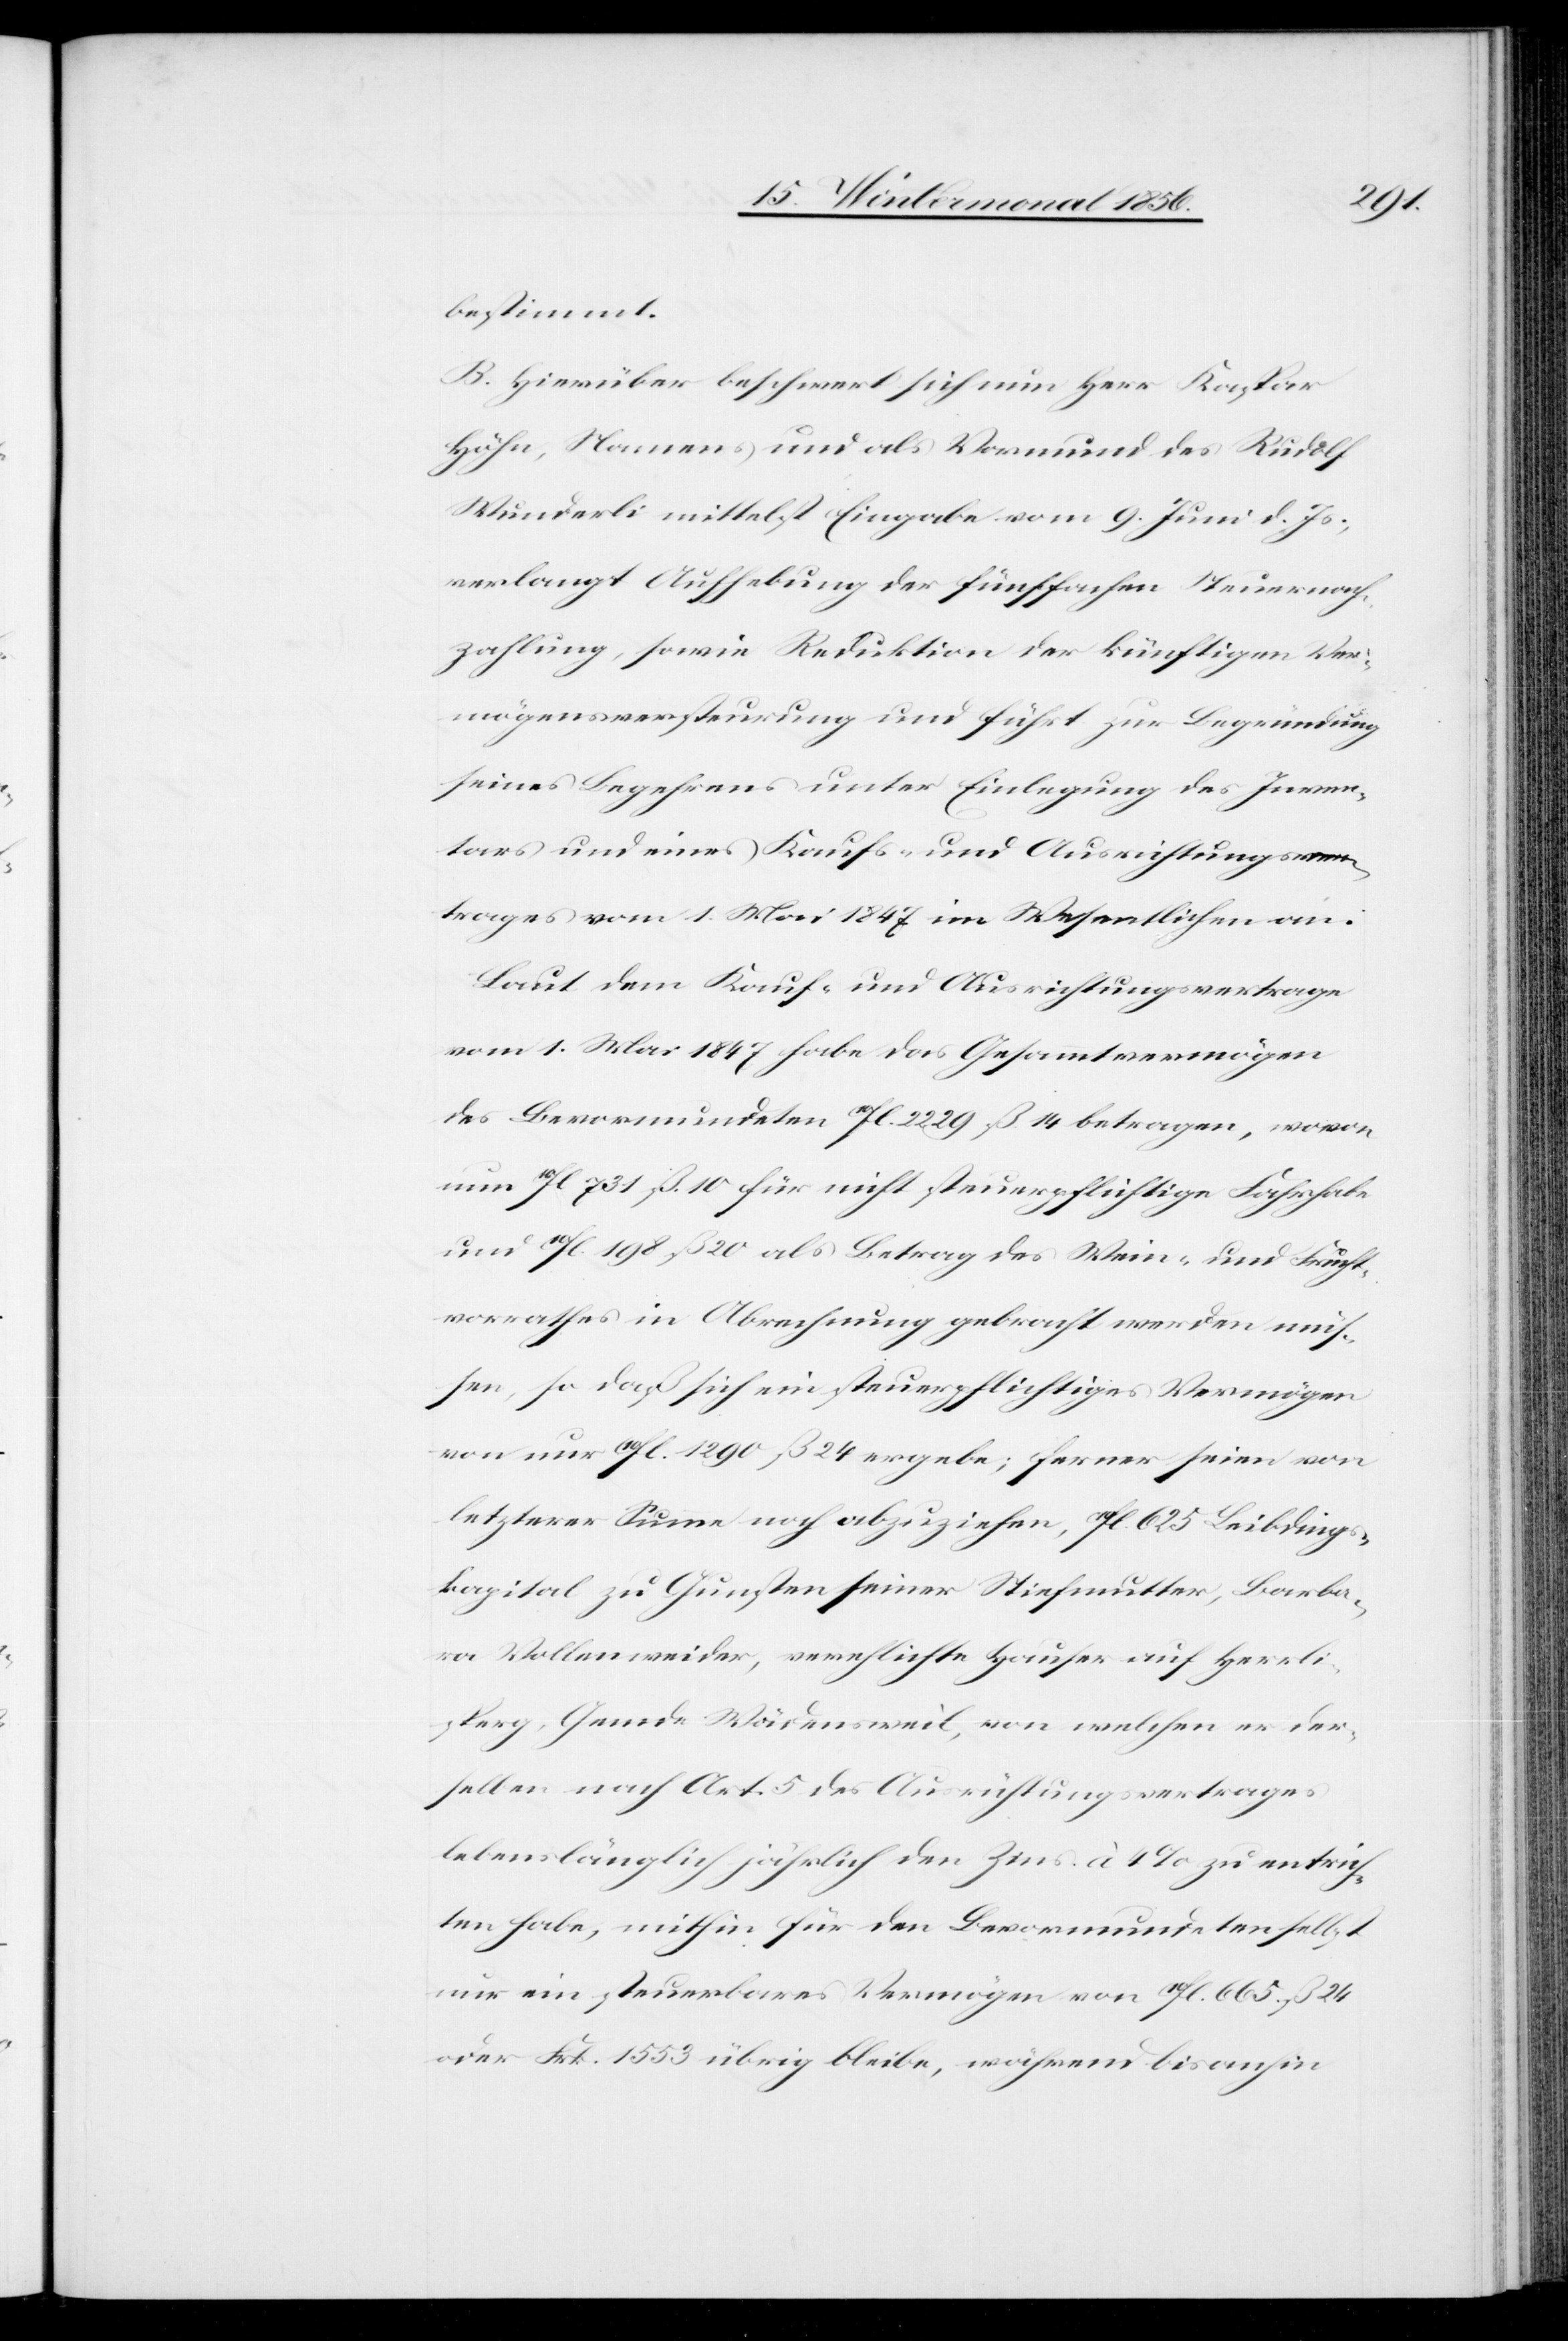
bestimmt.
B. Hierüber beschwert sich nun Herr Kaspar
Höhn, Namens und als Vormund des Rudolf
Wunderli mittelst Eingabe vom 9. Juni d. Js;
verlangt Aufhebung der fünffachen Steuernach¬
zahlung, sowie Reduktion der künftigen Ver¬
mögensversteurung und führt zur Begründung
seines Begehrens unter Einlegung des Inven¬
tars und eines Kaufs- und Ausrichtungsver¬
trages vom 1. Mai 1847 im Wesentlichen an:
Laut dem Kauf- und Ausrichtungsvertrage
vom 1. Mai 1847 habe das Gesammtvermögen
des Bevormundeten 10fl. 2229 ß 14 betragen, wovon
nun 10fl. 731 ß. 10 für nicht steuerpflichtige Fahrhabe
und 10fl. 198 ß 20 als Betrag des Wein- und Frucht¬
vorrathes in Abrechnung gebracht werden müs¬
sen, so daß sich ein steuerpflichtiges Vermögen
von nur 10fl. 1290 ß 24 ergebe; ferner seien von
letzterer Summe noch abzuziehen, 10fl. 625 Leibdings¬
kapital zu Gunsten seiner Stiefmutter, Barba¬
ra Vollenweider, verehlichte Hauser auf Herrli¬
sperg, Gemde Wädensweil, von welchen er der¬
selben nach Art. 5 des Ausrichtungsvertrages
lebenslänglich jährlich den Zins. à 4% zu entrich¬
ten habe, mithin für den Bevormundeten selbst
nur ein steuerbares Vermögen von 10fl. 665. ß 24
oder Frk. 1553 übrig bleibe, während bisanhin